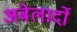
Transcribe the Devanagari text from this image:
अबेलार्दो